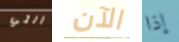
التي الآن إذا